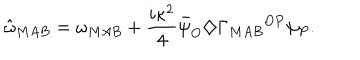
{ \hat { \omega } } _ { M A B } = \omega _ { M A B } + \frac { i \kappa ^ { 2 } } { 4 } { \bar { \psi } } _ { O } \diamondsuit { \Gamma _ { M A B } } ^ { O P } \psi _ { P } .